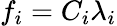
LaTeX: f_{i}=C_{i}\lambda_{i}